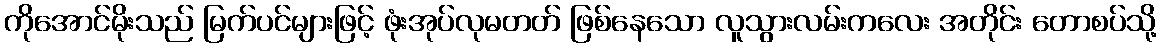
ကိုအောင်မိုးသည် မြက်ပင်များဖြင့် ဖုံးအုပ်လုမတတ် ဖြစ်နေသော လူသွားလမ်းကလေး အတိုင်း တောစပ်သို့